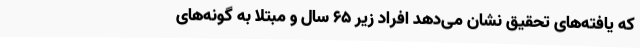
که یافته‌های تحقیق نشان می‌دهد افراد زیر ۶۵ سال و مبتلا به گونه‌های